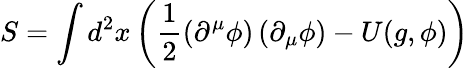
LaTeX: S=\int d^{2}x\left(\frac{1}{2}\left(\partial^{\mu}\phi\right)\left(\partial_{\mu}\phi\right)-U(g,\phi)\right)